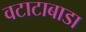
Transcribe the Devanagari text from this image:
वटाटाबाडा